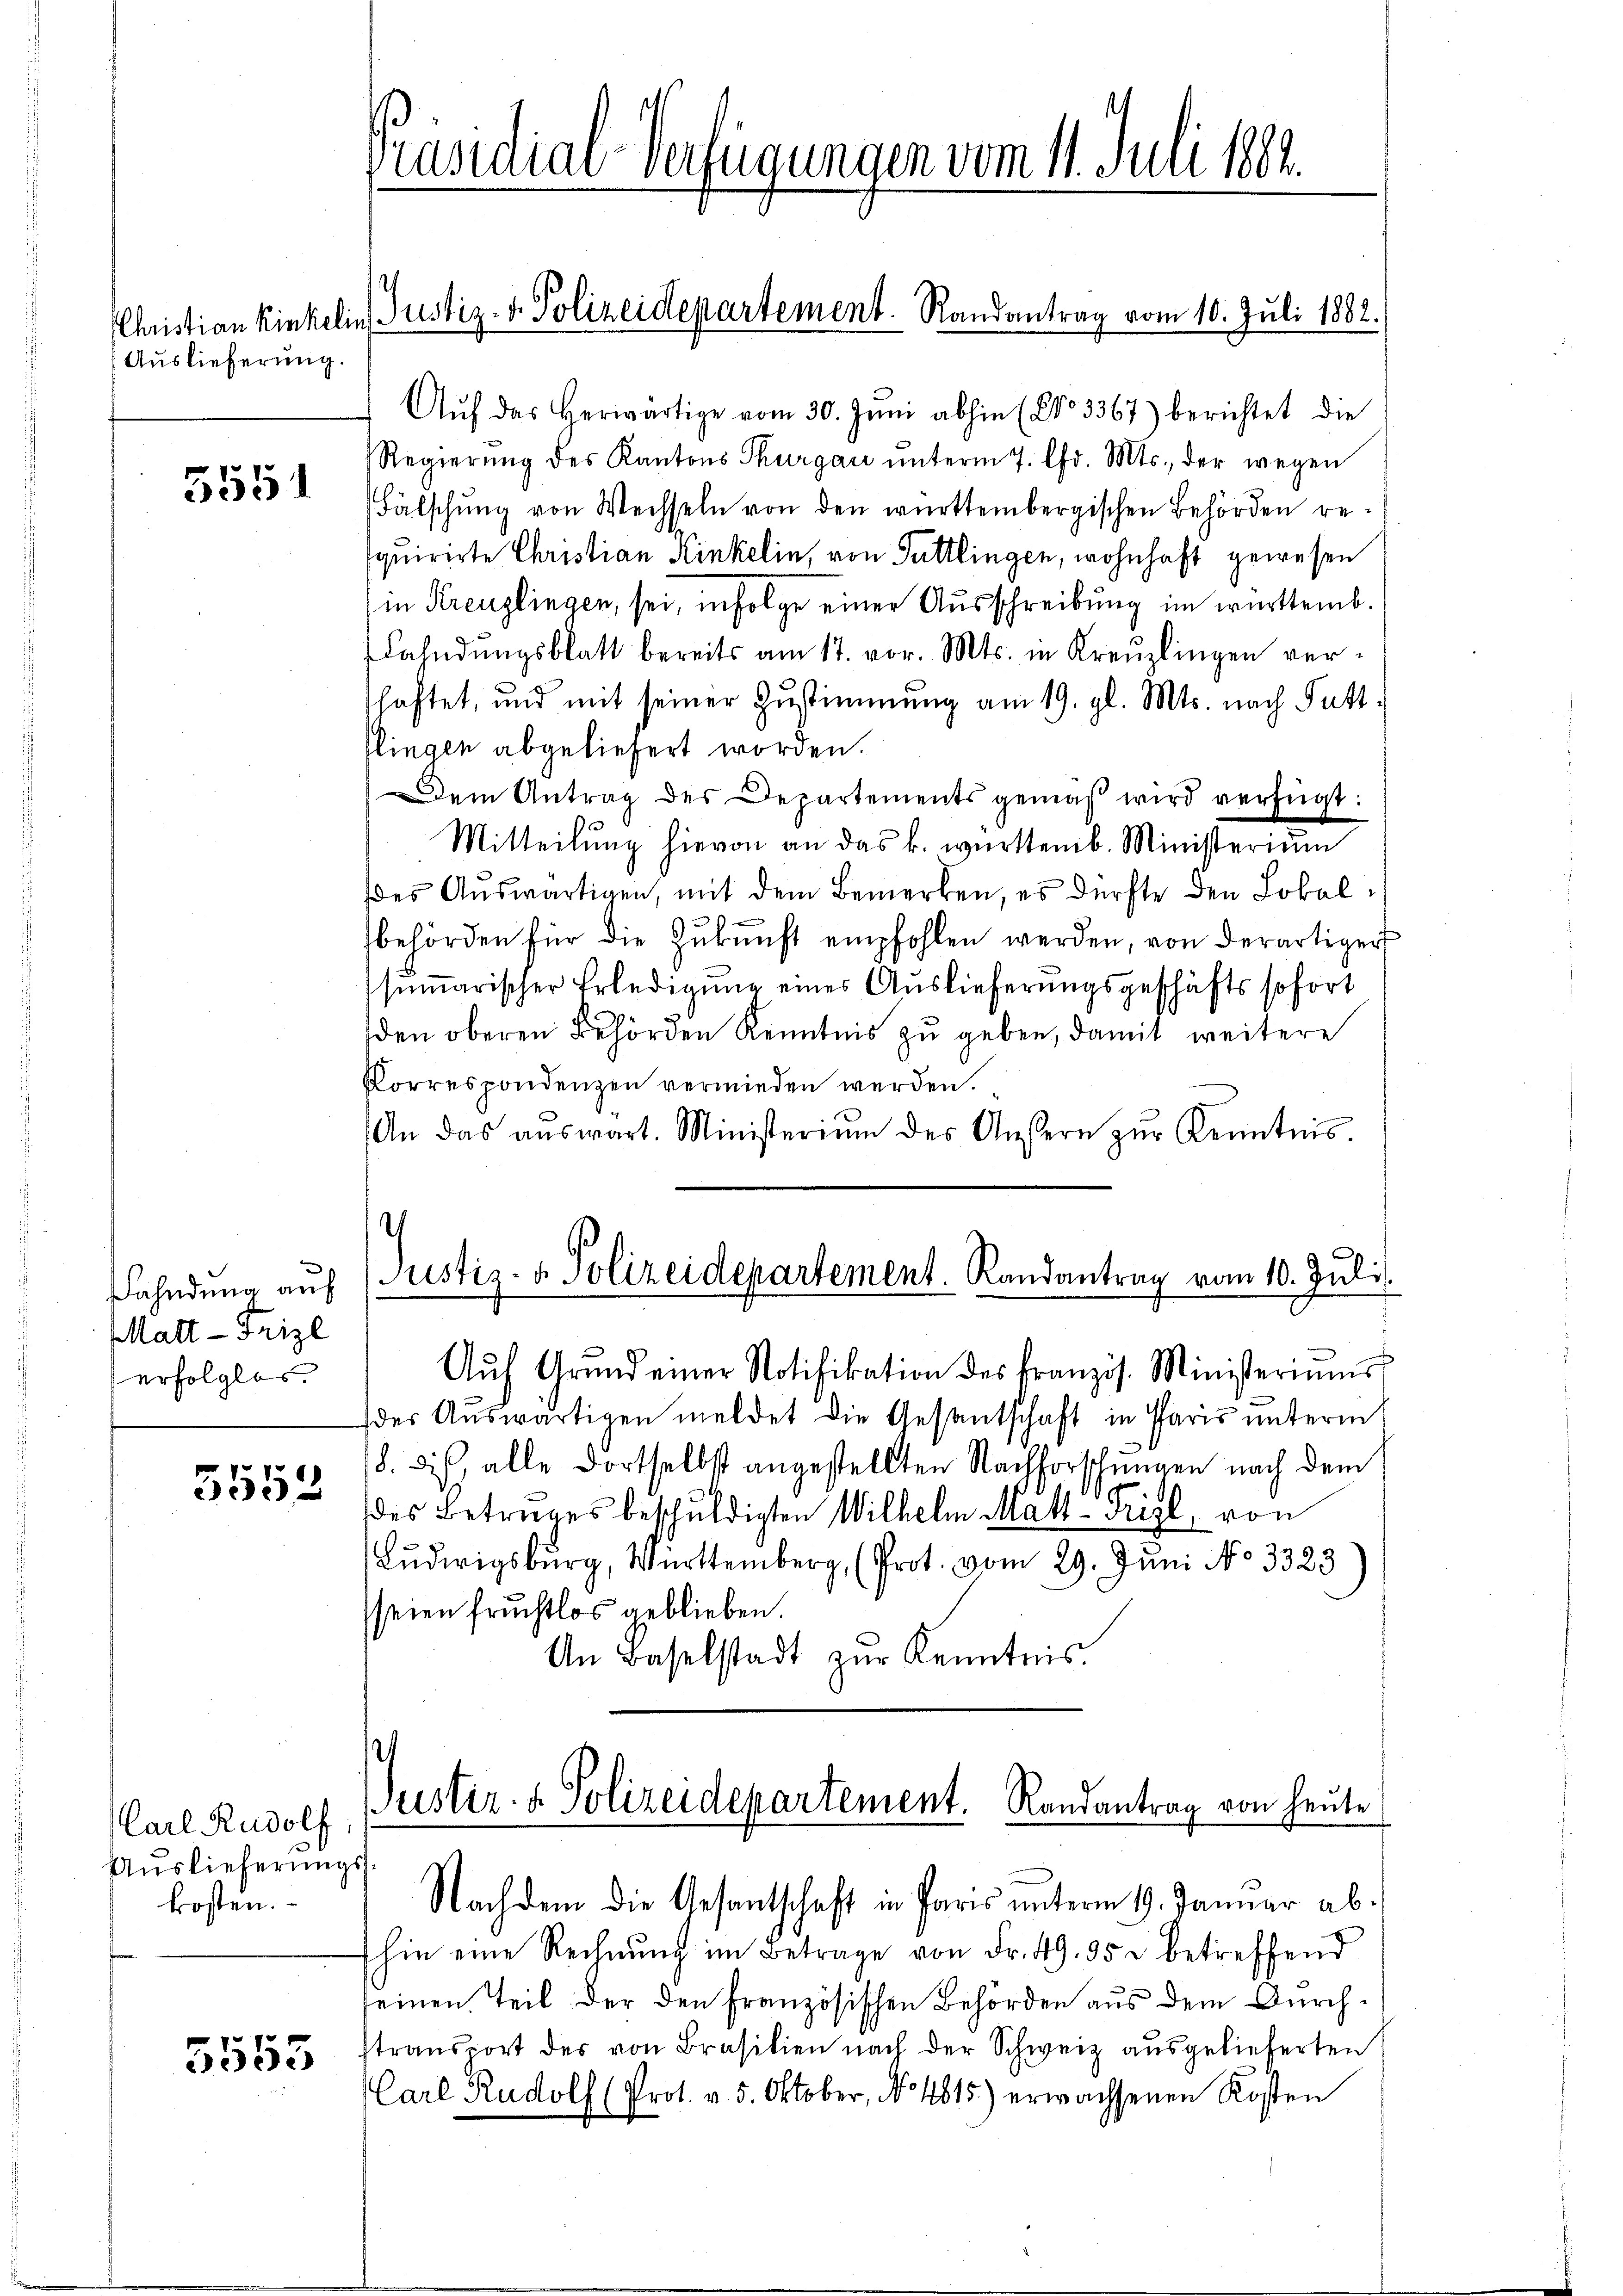
Auslieferung.

555

Fahndung auf
Matt-Frizl
erfolglos.

5552

Carl Rudolf
Auslieferungskosten.

5553

Aŭf das herwärtige vom 30. Juni abhin (No 3367) berichtet die
Regierŭng des Kantons Thurgau ŭnterm 7. Chr. Mts., der wegen
Fälschung von Wechseln von den württembergischen Behörden resquirirte Christian Kinkelin, von Tuttlingen, wohnhaft gewesen
in Kreuzlingen, sei, infolge einer Ausschreibung im württemb.
Fahndŭngsblatt bereits am 17. vor. Mts. in Kreuzlingen verchaftet, und mit seiner Zustimmung am 19. gl. Mts. nach Fattflingen abgeliefert worden.
Dem Antrag des Departements gemäß wird verfügt:
Mitteilung hievon an das k. württemb. Ministerium
des Auswärtigen, mit dem Bemerken, es dürfte den Lokalbehörden für die Zukunft empfohlen werden, von derartiger
summarischer Erledigung eines Auslieferungsgeschäfts sofort
den oberen Behörden Kenntnis zu geben, damit weitere
Korrespondenzen vermieden werden.
An das aŭswart. Ministeriŭm des Aŭsern zŭr Kenntnis.
¬
Justiz- & Polizeidepartement. Randantrag vom 10. Juli.

Präsidial-Verfügungen vom 11. Juli 1884.

Christian Kinkelins Justiz- u. Polizeidepartement. Randantrag vom 10. Juli 1882.

Aŭf Grŭnd einer Notifikation des französ. Ministeriums
der Auswärtigen meldet die Gesantschaft in Paris unterm
18. dies, alle dortselbst angestellten Nachforschungen nach dem
des Betrages beschuldigten Wilhelm Matt-Trizl, von
Lŭdwigsburg, Württemberg (Prot. vom 29. Juni No 3323
seien fruchtlos geblieben.
An Baselstadt zŭr Kenntnis.

Justiz- & Polizeidepartement. Randantrag von heute

Nachdem die Gesantschaft in Paris unterm 19. Januar ab.
hin eine Rechnŭng im Betrage von Fr. 49. 35 u betreffend
seinen Teil der den Französischen Behörden aus dem Durchtransport der von Brasilien nach der Schweiz ausgelieferten
Carl Rudolf (Prot. v. 5. Oktober, No. 4815.) erwachsenen Kosten